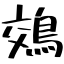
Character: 鵁